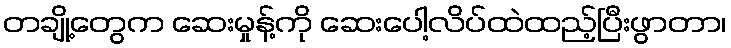
တချို့တွေက ဆေးမှုန့်ကို ဆေးပေါ့လိပ်ထဲထည့်ပြီးဖွာတာ၊